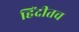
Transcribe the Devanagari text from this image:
हिंदीतच